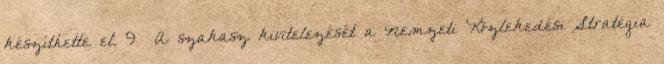
készíthette el. 9 A szakasz kivitelezését a Nemzeti Közlekedési Stratégia